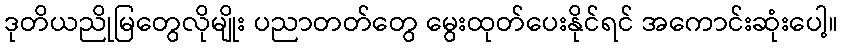
ဒုတိယညိုမြတွေလိုမျိုး ပညာတတ်တွေ မွေးထုတ်ပေးနိုင်ရင် အကောင်းဆုံးပေါ့။